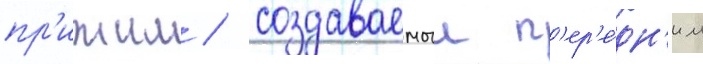
пр'ижим / создаваемыи п'ер'е́дн'им